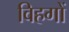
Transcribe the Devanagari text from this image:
विहगों